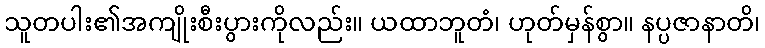
သူတပါး၏အကျိုးစီးပွားကိုလည်း။ ယထာဘူတံ၊ ဟုတ်မှန်စွာ။ နပ္ပဇာနာတိ၊